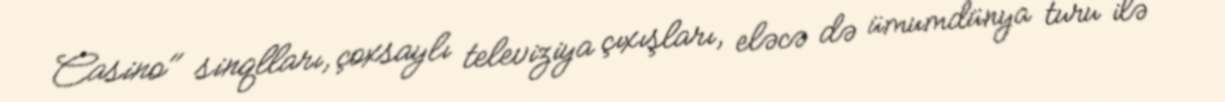
Casino" sinqlları, çoxsaylı televiziya çıxışları, eləcə də ümumdünya turu ilə